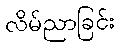
လိမ်ညာခြင်း